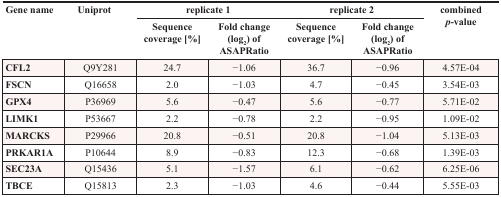
| <ROWSPAN=2> Gene name | <ROWSPAN=2> Uniprot | <COLSPAN=2> replicate 1 | <COLSPAN=2> replicate 2 | <ROWSPAN=2> combined p-value |
 | Sequence coverage [%] | Fold change (log2) of ASAPRatio | Sequence coverage [%] | Fold change (log2) of ASAPRatio |
 | --- | --- | --- | --- | --- | --- | --- |
 | CFL2 | Q9Y281 | 24.7 | −1.06 | 36.7 | −0.96 | 4.57E-04 |
 | FSCN | Q16658 | 2.0 | −1.03 | 4.7 | −0.45 | 3.54E-03 |
 | GPX4 | P36969 | 5.6 | −0.47 | 5.6 | −0.77 | 5.71E-02 |
 | LIMK1 | P53667 | 2.2 | −0.78 | 2.2 | −0.95 | 1.09E-02 |
 | MARCKS | P29966 | 20.8 | −0.51 | 20.8 | −1.04 | 5.13E-03 |
 | PRKAR1A | P10644 | 8.9 | −0.83 | 12.3 | −0.68 | 1.39E-03 |
 | SEC23A | Q15436 | 5.1 | −1.57 | 6.1 | −0.62 | 6.25E-06 |
 | TBCE | Q15813 | 2.3 | −1.03 | 4.6 | −0.44 | 5.55E-03 |